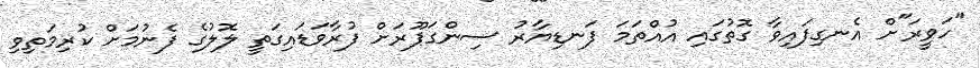
"ހަވީރަ"ށް އެނގިފައިވާ ގޮތުގައި އުއްތަމަ ފަނޑިޔާރު ސިންގަޕޫރަށް ފުރާވަޑައިގަތީ ލޮލުގެ ފެނުމަށް ކުރިމަތިވި